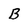
Character: B